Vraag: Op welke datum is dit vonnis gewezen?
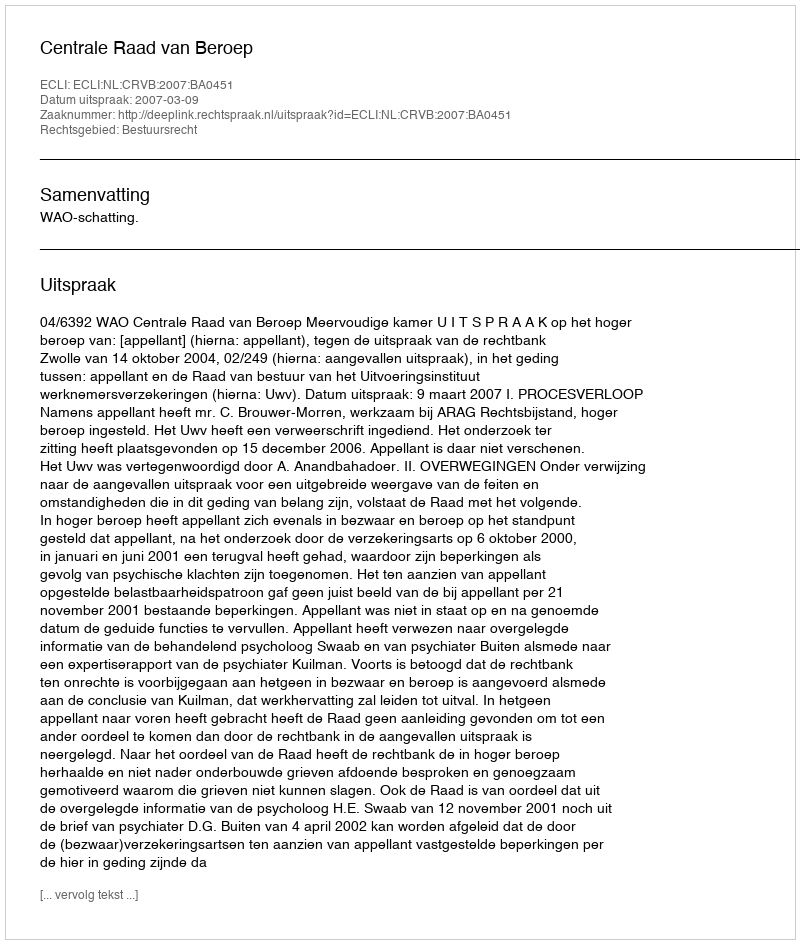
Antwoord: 2007-03-09